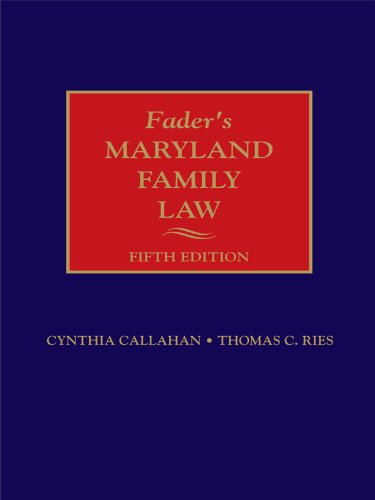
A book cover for Fader's Maryland Family Law; John F. Fader II; Law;